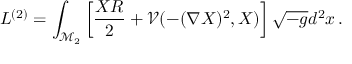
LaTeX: L ^ { ( 2 ) } = \int _ { \mathcal { M } _ { 2 } } \left[ \frac { X R } 2 + \mathcal { V } ( - ( \nabla X ) ^ { 2 } , X ) \right] \sqrt { - g } d ^ { 2 } x \, .